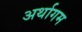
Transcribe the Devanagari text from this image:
अर्थागम